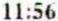
11:56